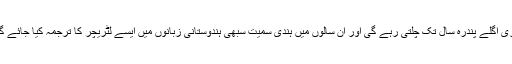
آزادی کے فوراً بعد کی دہائیوں میں ایک قانونی دفعہ کے تحت یہ فیصلہ کیا گیا کہ انگریزی اگلے پندرہ سال تک چلتی رہے گی اور ان سالوں میں ہندی سمیت سبھی ہندوستانی زبانوں میں ایسے لٹریچر کا ترجمہ کیا جائے گا یا تشکیل دیا جائے گا، جس سے کہ اس کے بعد ہندوستانی زبانوں میں کام کیا جا سکے۔